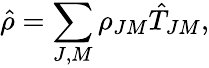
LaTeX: \hat{\rho}=\sum_{J,M}\rho_{JM}{\hat{T}}_{JM},